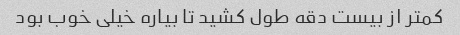
کمتر از بیست دقه طول کشید تا بیاره خیلی خوب بود